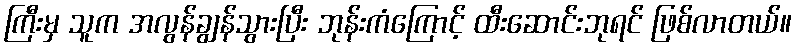
ကြီးမှ သူက အလွန်ချွန်သွားပြီး ဘုန်းကံကြောင့် ထီးဆောင်းဘုရင် ဖြစ်လာတယ်။